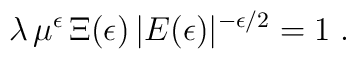
\lambda \, \mu^{\epsilon} \,\Xi (\epsilon)\, | E  (\epsilon) |^{-\epsilon/2} = 1 \; .